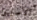
الأصليين